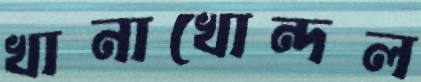
খানাখোন্দল